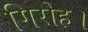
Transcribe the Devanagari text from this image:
गिरोह।